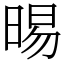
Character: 晹